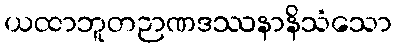
ယထာဘူတဉာဏဒဿနာနိသံသော